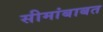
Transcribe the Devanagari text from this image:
सीमांबाबत